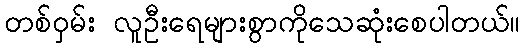
တစ်ဝှမ်း လူဦးရေများစွာကိုသေဆုံးစေပါတယ်။